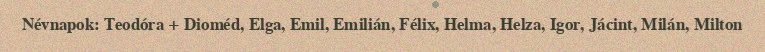
Névnapok: Teodóra + Dioméd, Elga, Emil, Emilián, Félix, Helma, Helza, Igor, Jácint, Milán, Milton